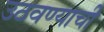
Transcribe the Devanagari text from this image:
उठवण्याची